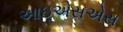
આઇએસએસ